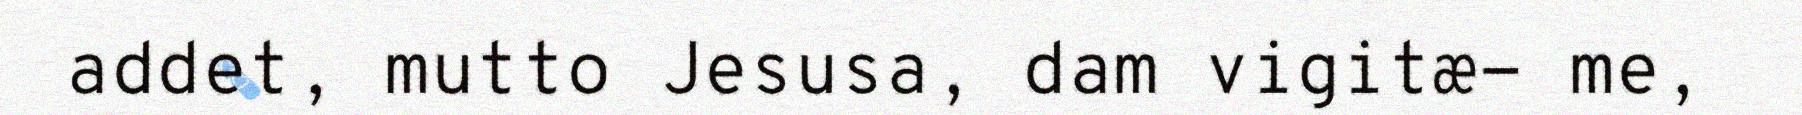
addet, mutto Jesusa, dam vigitæ- me,